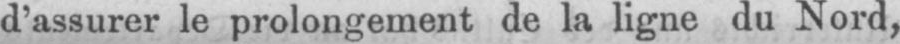
d’assurer le prolongement de la ligne du Nord,